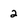
Character: 2